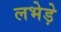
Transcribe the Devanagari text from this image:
लभेड़े